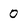
Character: 0